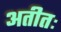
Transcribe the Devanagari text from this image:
अतीतः